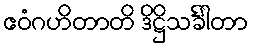
ဧဝံဂဟိတာတိ ဒိဋ္ဌိသင်္ခါတာ